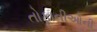
તોફાનીઓની